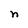
Character: n